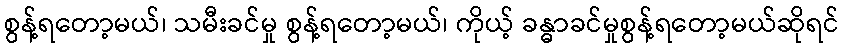
စွန့်ရတော့မယ်၊ သမီးခင်မှု စွန့်ရတော့မယ်၊ ကိုယ့် ခန္ဓာခင်မှုစွန့်ရတော့မယ်ဆိုရင်